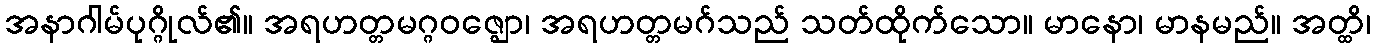
အနာဂါမ်ပုဂ္ဂိုလ်၏။ အရဟတ္တမဂ္ဂဝဇ္ဈော၊ အရဟတ္တမဂ်သည် သတ်ထိုက်သော။ မာနော၊ မာနမည်။ အတ္ထိ၊